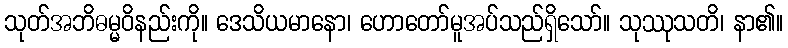
သုတ်အဘိဓမ္မဝိနည်းကို။ ဒေသိယမာနော၊ ဟောတော်မူအပ်သည်ရှိသော်။ သုဿုသတိ၊ နာ၏။